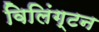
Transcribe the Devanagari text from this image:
विलिंग्‍टन